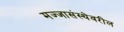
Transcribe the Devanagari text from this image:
मज्जासंस्थेवरील